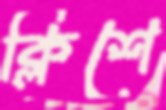
ক্লিশে